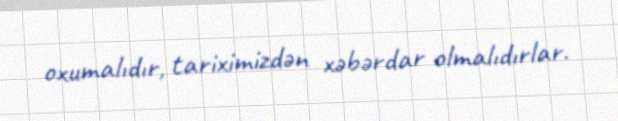
oxumalıdır, tariximizdən xəbərdar olmalıdırlar.